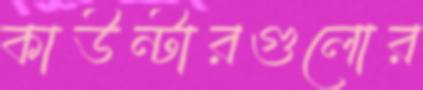
কাউন্টারগুলোর